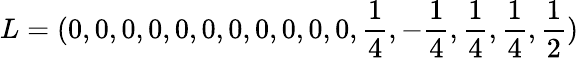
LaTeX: L=(0,0,0,0,0,0,0,0,0,0,0,{\frac{1}{4}},-{\frac{1}{4}},{\frac{1}{4}},{\frac{1}{4}},{\frac{1}{2}})